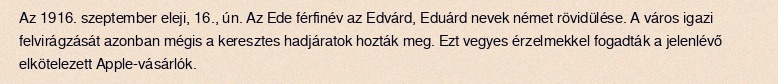
Az 1916. szeptember eleji, 16., ún. Az Ede férfinév az Edvárd, Eduárd nevek német rövidülése. A város igazi felvirágzását azonban mégis a keresztes hadjáratok hozták meg. Ezt vegyes érzelmekkel fogadták a jelenlévő elkötelezett Apple-vásárlók.